system: You are a helpful assistant.
user:
Analyze the provided spectrum to determine if it is a **M-type Giant (gM)**.

A M-type Giant spectrum is defined by its **strong molecular absorption** features, particularly from **Titanium Oxide (TiO)**. You must check for one of the following mutually exclusive signatures:

- **Key Visual Indicators (Absorption-Dominated Spectrum):**

    - **(Primary):** The spectrum is dominated by strong molecular absorption from **Titanium Oxide (TiO)**. This is the **defining feature** of its M-type temperature class.
        - **(Key Bandheads):** Look for sharp, "saw-tooth" absorption valleys. The strongest are located near **~7050 Å**, **~6160 Å**, and **~5170 Å**.
        - **(Line Profile):** The "saw-tooth" morphology is critical: a **sharp, steep drop on the BLUE (short-wavelength) side** of the bandhead, followed by a gradual recovery (rising flux) towards the RED (long-wavelength) side.

    - **(Key Confirmation - Giant vs. Dwarf):** **ABSENCE** of strong **Calcium Hydride (CaH)** molecular bands. This is the primary diagnostic for *excluding* M-dwarfs.
        - **(Key Region):** The spectrum should lack the strong, broad absorption band seen in dwarfs between **~6800 Å and ~7000 Å**.

    - **(Secondary Confirmation - Giant):** A very strong and broad **Neutral Calcium (Ca I)** atomic absorption line.
        - **(Key Line):** Located at **~4226 Å**. In a giant (gM), this line is significantly deeper and broader than the same line in an M-dwarf (dM) due to low surface gravity.

    - **(Overall Spectrum):**
        - The continuum is **extremely red-sloping** (i.e., flux is very low in the blue and rises dramatically towards the red).
        - The entire spectrum appears "chopped up" by the deep TiO bands.

Think first, call **spectral_visualization_tool** if needed to examine features in detail, then provide your final answer. Your response must adhere to the following strict rules:
1.  **Overall Structure:** Your response must follow the format `<think>...</think> <tool_call>...</tool_call> (if a tool is used) <answer>...</answer>`.
2.  **Tool Usage Constraint:** You may only make **one** tool call per turn.
3.  **Final Answer Format:** In the `<answer>` tag, your conclusion must be inside a `\boxed{}` command (e.g., `\boxed{YES}` or `\boxed{NO}`), followed by your justification.

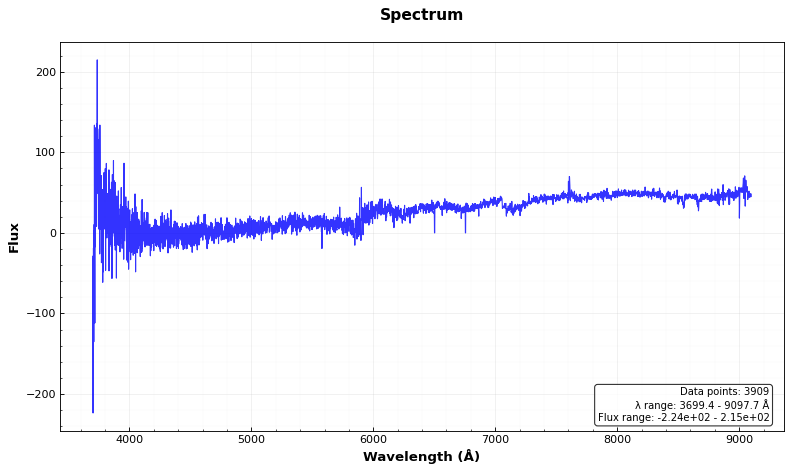
Answer: YES